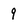
Character: 9